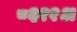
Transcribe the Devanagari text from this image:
८६११अ